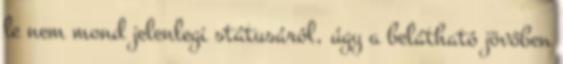
le nem mond jelenlegi státusáról, úgy a belátható jövőben